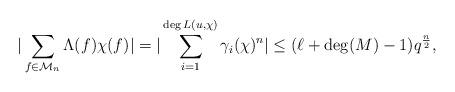
LaTeX: \begin{align*}|\sum_{f \in \mathcal{M}_{n}} \Lambda(f) \chi(f)| = |\sum_{i=1}^{\deg L(u,\chi)} \gamma_i(\chi)^n| \le (\ell+\deg(M)-1)q^{\frac{n}{2}},\end{align*}